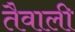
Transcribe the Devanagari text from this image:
तैवाली